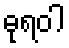
ဓုရဝါ